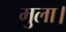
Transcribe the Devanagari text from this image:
मुला।